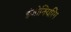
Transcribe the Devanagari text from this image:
इंजीनियरिंग